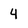
Character: 4